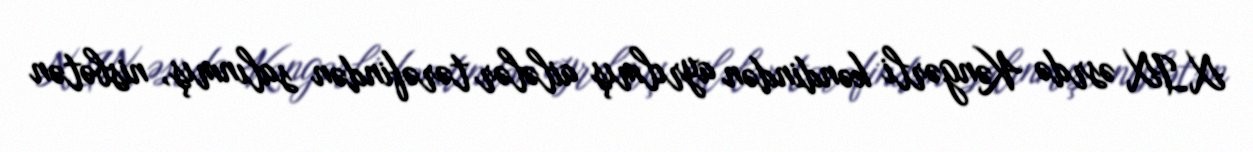
XIX əsrdə Kəngərli kəndindən ayrılmış ailələr tərəfindən salınmış, nisbətən